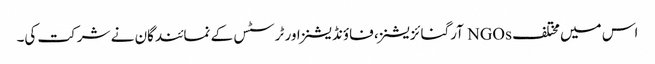
اس میں مختلف NGOs آرگنائزیشنز، فاؤنڈیشنز اور ٹرسٹس کے نمائندگان نے شرکت کی۔